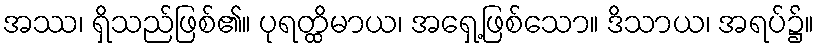
အဿ၊ ရှိသည်ဖြစ်၏။ ပုရတ္ထိမာယ၊ အရှေ့ဖြစ်သော။ ဒိသာယ၊ အရပ်၌။